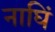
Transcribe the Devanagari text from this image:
नाघिं